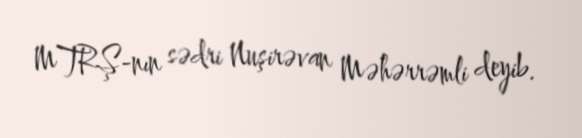
MTRŞ-nın sədri Nuşirəvan Məhərrəmli deyib.